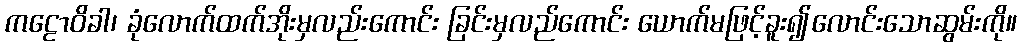
ကဠောဝိခါ၊ ခုံလောက်ထက်အိုးမှလည်းကောင်း ခြင်းမှလည်ကောင်း ယောက်မဖြင့်ခူး၍လောင်းသောဆွမ်းကို။